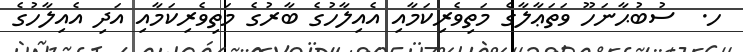
ހ.  ސުބުޙާނަހޫ ވަތަޢާލާގެ މަތިވެރިކަމާއި އެއިލާހުގެ ބާރުގެ މަތިވެރިކަމާއި އަދި އެއިލާހުގެ